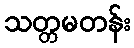
သတ္တမတန်း